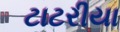
ટાટરીયા